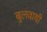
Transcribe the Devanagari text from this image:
बुलवायी